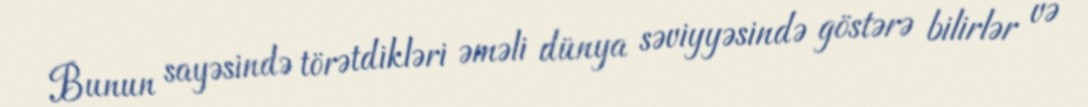
Bunun sayəsində törətdikləri əməli dünya səviyyəsində göstərə bilirlər və